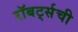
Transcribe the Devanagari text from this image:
रॉबर्ट्सची